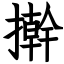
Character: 擀